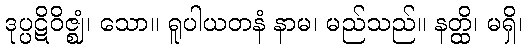
ဒုပ္ပဋိဝိဇ္ဈံ၊ သော။ ရူပါယတနံ နာမ၊ မည်သည်။ နတ္ထိ၊ မရှိ၊